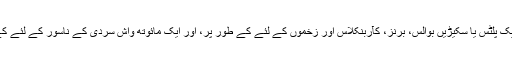
ریوند چینی جڑ اقتباس بھی کو ایک پلٹس یا سکیڑیں بوالس، برنز، کآربنکلاس اور زخموں کے لئے کے طور پر، اور ایک مائوتھ واش سردی کے ناسور کے لئے کے طور پر استعمال کیا گیا ہے ۔